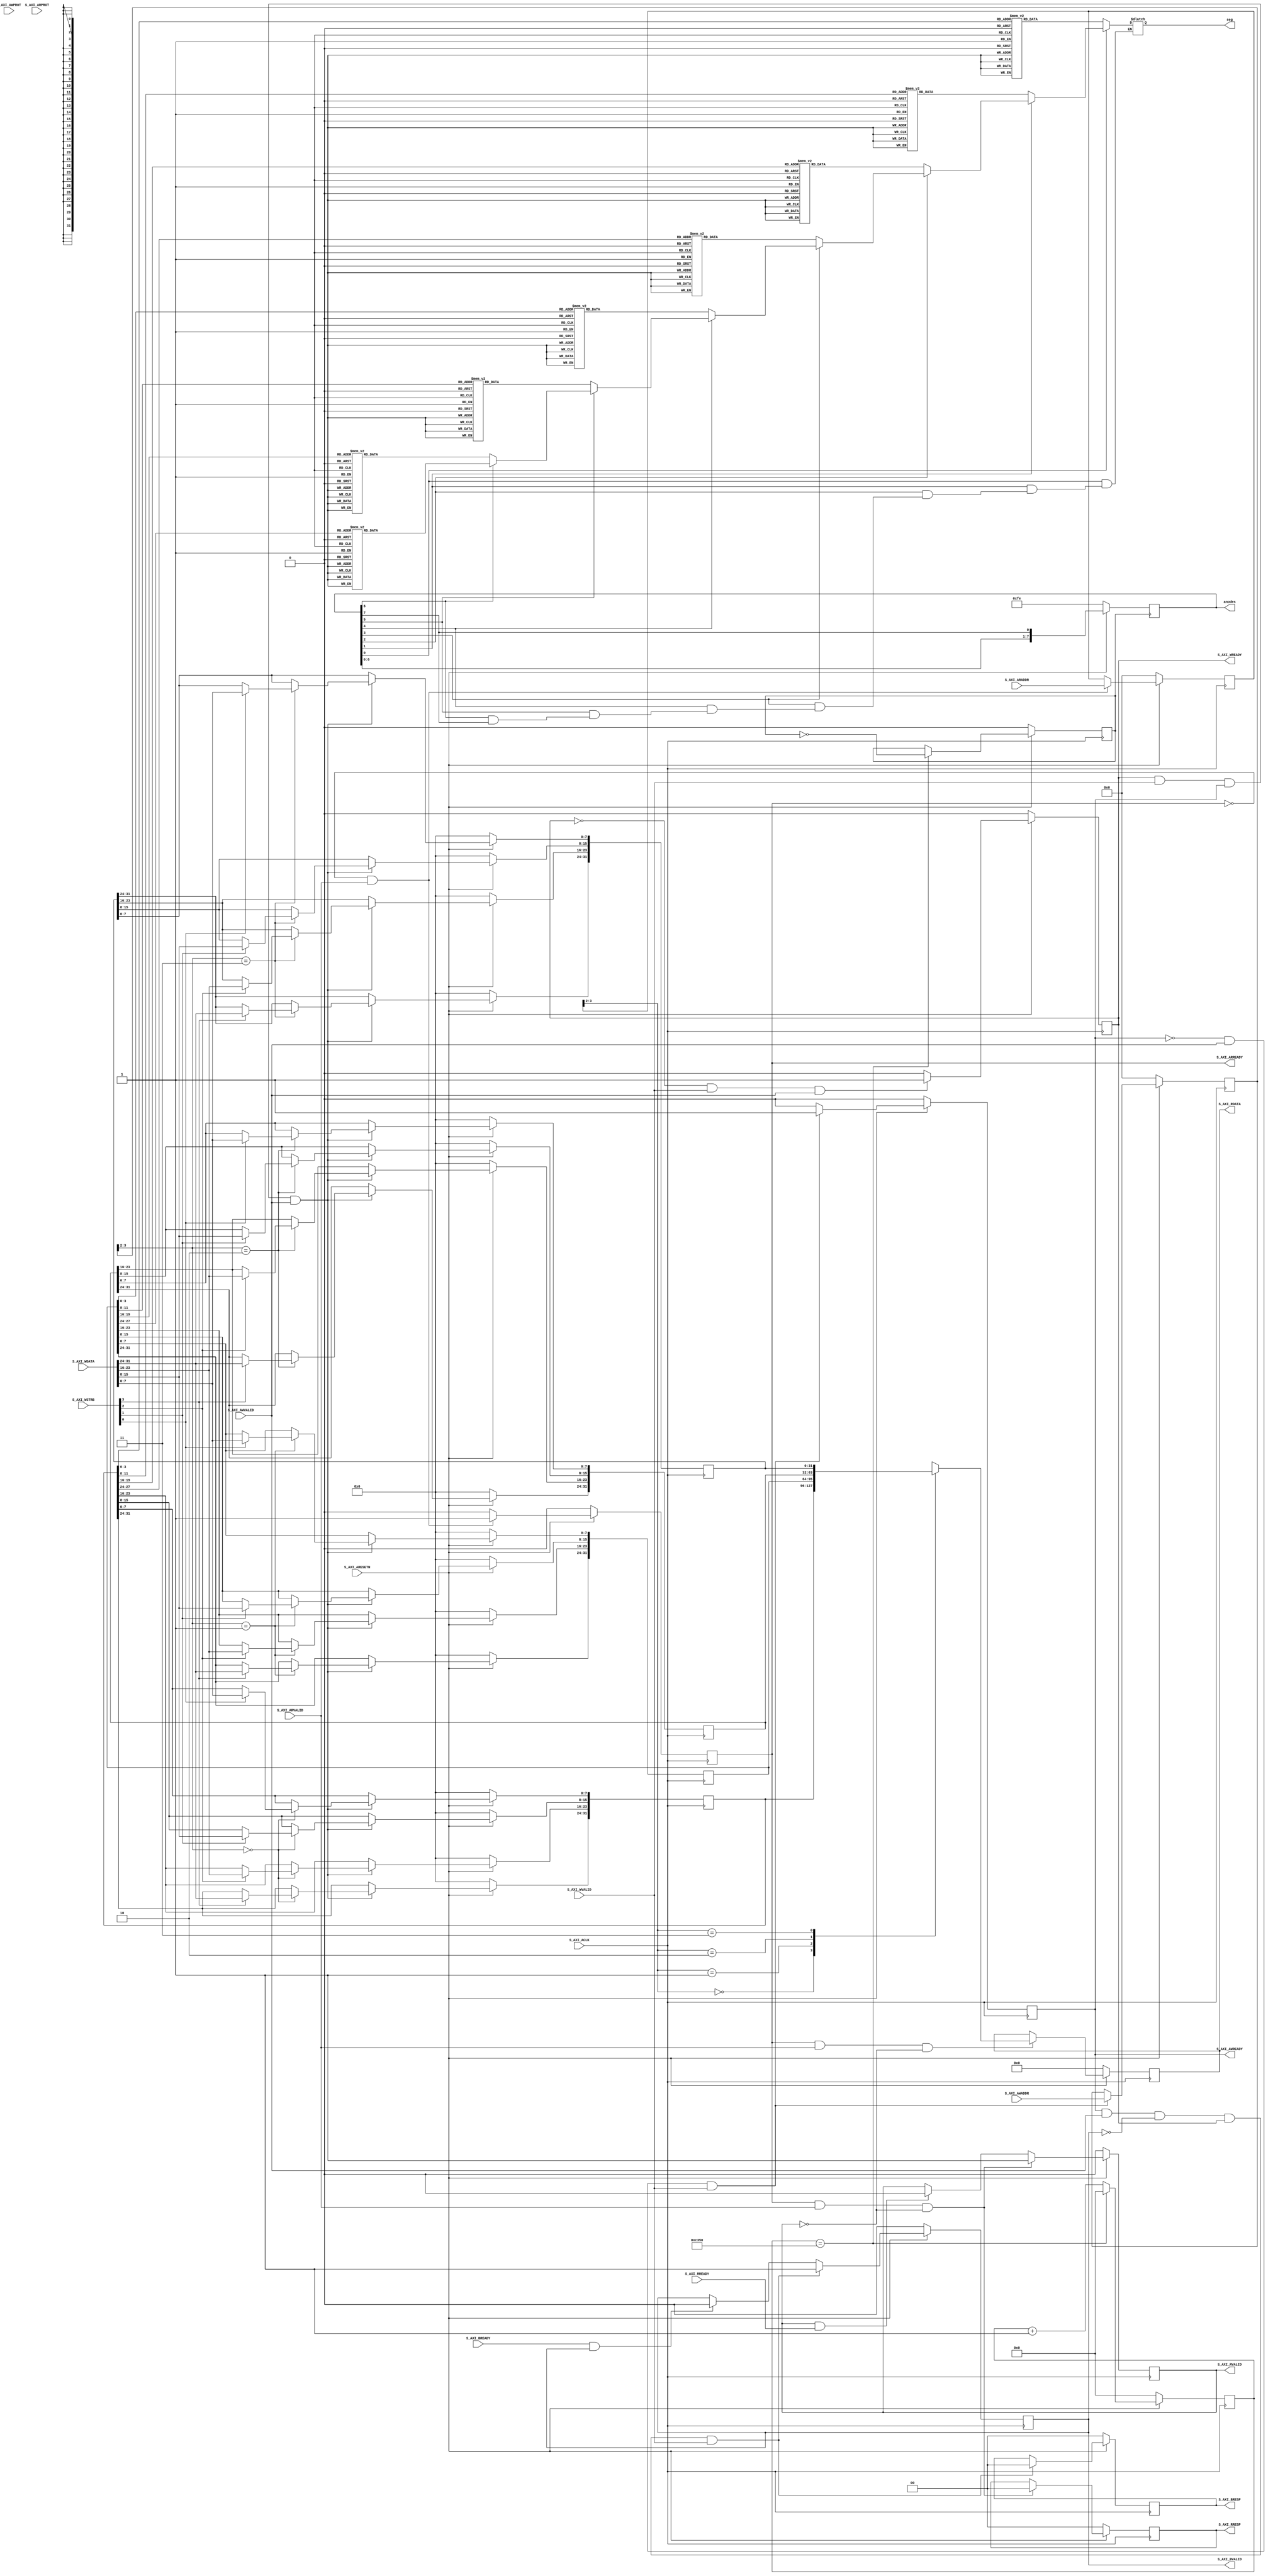

`timescale 1 ns / 1 ps

	module nexy4_ddr_7segment_v1_0_S00_AXI #
	(
		// Users to add parameters here

		// User parameters ends
		// Do not modify the parameters beyond this line

		// Width of S_AXI data bus
		parameter integer C_S_AXI_DATA_WIDTH	= 32,
		// Width of S_AXI address bus
		parameter integer C_S_AXI_ADDR_WIDTH	= 4
	)
	(
		// Users to add ports here
        output wire [7:0] anodes,
        output wire [7:0] seg,
		// User ports ends
		// Do not modify the ports beyond this line

		// Global Clock Signal
		input wire  S_AXI_ACLK,
		// Global Reset Signal. This Signal is Active LOW
		input wire  S_AXI_ARESETN,
		// Write address (issued by master, acceped by Slave)
		input wire [C_S_AXI_ADDR_WIDTH-1 : 0] S_AXI_AWADDR,
		// Write channel Protection type. This signal indicates the
    		// privilege and security level of the transaction, and whether
    		// the transaction is a data access or an instruction access.
		input wire [2 : 0] S_AXI_AWPROT,
		// Write address valid. This signal indicates that the master signaling
    		// valid write address and control information.
		input wire  S_AXI_AWVALID,
		// Write address ready. This signal indicates that the slave is ready
    		// to accept an address and associated control signals.
		output wire  S_AXI_AWREADY,
		// Write data (issued by master, acceped by Slave) 
		input wire [C_S_AXI_DATA_WIDTH-1 : 0] S_AXI_WDATA,
		// Write strobes. This signal indicates which byte lanes hold
    		// valid data. There is one write strobe bit for each eight
    		// bits of the write data bus.    
		input wire [(C_S_AXI_DATA_WIDTH/8)-1 : 0] S_AXI_WSTRB,
		// Write valid. This signal indicates that valid write
    		// data and strobes are available.
		input wire  S_AXI_WVALID,
		// Write ready. This signal indicates that the slave
    		// can accept the write data.
		output wire  S_AXI_WREADY,
		// Write response. This signal indicates the status
    		// of the write transaction.
		output wire [1 : 0] S_AXI_BRESP,
		// Write response valid. This signal indicates that the channel
    		// is signaling a valid write response.
		output wire  S_AXI_BVALID,
		// Response ready. This signal indicates that the master
    		// can accept a write response.
		input wire  S_AXI_BREADY,
		// Read address (issued by master, acceped by Slave)
		input wire [C_S_AXI_ADDR_WIDTH-1 : 0] S_AXI_ARADDR,
		// Protection type. This signal indicates the privilege
    		// and security level of the transaction, and whether the
    		// transaction is a data access or an instruction access.
		input wire [2 : 0] S_AXI_ARPROT,
		// Read address valid. This signal indicates that the channel
    		// is signaling valid read address and control information.
		input wire  S_AXI_ARVALID,
		// Read address ready. This signal indicates that the slave is
    		// ready to accept an address and associated control signals.
		output wire  S_AXI_ARREADY,
		// Read data (issued by slave)
		output wire [C_S_AXI_DATA_WIDTH-1 : 0] S_AXI_RDATA,
		// Read response. This signal indicates the status of the
    		// read transfer.
		output wire [1 : 0] S_AXI_RRESP,
		// Read valid. This signal indicates that the channel is
    		// signaling the required read data.
		output wire  S_AXI_RVALID,
		// Read ready. This signal indicates that the master can
    		// accept the read data and response information.
		input wire  S_AXI_RREADY
	);

	// AXI4LITE signals
	reg [C_S_AXI_ADDR_WIDTH-1 : 0] 	axi_awaddr;
	reg  	axi_awready;
	reg  	axi_wready;
	reg [1 : 0] 	axi_bresp;
	reg  	axi_bvalid;
	reg [C_S_AXI_ADDR_WIDTH-1 : 0] 	axi_araddr;
	reg  	axi_arready;
	reg [C_S_AXI_DATA_WIDTH-1 : 0] 	axi_rdata;
	reg [1 : 0] 	axi_rresp;
	reg  	axi_rvalid;

	// Example-specific design signals
	// local parameter for addressing 32 bit / 64 bit C_S_AXI_DATA_WIDTH
	// ADDR_LSB is used for addressing 32/64 bit registers/memories
	// ADDR_LSB = 2 for 32 bits (n downto 2)
	// ADDR_LSB = 3 for 64 bits (n downto 3)
	localparam integer ADDR_LSB = (C_S_AXI_DATA_WIDTH/32) + 1;
	localparam integer OPT_MEM_ADDR_BITS = 1;
	//----------------------------------------------
	//-- Signals for user logic register space example
	//------------------------------------------------
	//-- Number of Slave Registers 4
	reg [C_S_AXI_DATA_WIDTH-1:0]	slv_reg0;
	reg [C_S_AXI_DATA_WIDTH-1:0]	slv_reg1;
	reg [C_S_AXI_DATA_WIDTH-1:0]	slv_reg2;
	reg [C_S_AXI_DATA_WIDTH-1:0]	slv_reg3;
	wire	 slv_reg_rden;
	wire	 slv_reg_wren;
	reg [C_S_AXI_DATA_WIDTH-1:0]	 reg_data_out;
	integer	 byte_index;

	// I/O Connections assignments

	assign S_AXI_AWREADY	= axi_awready;
	assign S_AXI_WREADY	= axi_wready;
	assign S_AXI_BRESP	= axi_bresp;
	assign S_AXI_BVALID	= axi_bvalid;
	assign S_AXI_ARREADY	= axi_arready;
	assign S_AXI_RDATA	= axi_rdata;
	assign S_AXI_RRESP	= axi_rresp;
	assign S_AXI_RVALID	= axi_rvalid;
	
	// Implement axi_awready generation
	// axi_awready is asserted for one S_AXI_ACLK clock cycle when both
	// S_AXI_AWVALID and S_AXI_WVALID are asserted. axi_awready is
	// de-asserted when reset is low.

	always @( posedge S_AXI_ACLK )
	begin
	  if ( S_AXI_ARESETN == 1'b0 )
	    begin
	      axi_awready <= 1'b0;
	    end 
	  else
	    begin    
	      if (~axi_awready && S_AXI_AWVALID && S_AXI_WVALID) 
	        begin
	          // slave is ready to accept write address when 
	          // there is a valid write address and write data
	          // on the write address and data bus. This design 
	          // expects no outstanding transactions. 
	          axi_awready <= 1'b1;
	        end
	      else           
	        begin
	          axi_awready <= 1'b0;
	        end
	    end 
	end       

	// Implement axi_awaddr latching
	// This process is used to latch the address when both 
	// S_AXI_AWVALID and S_AXI_WVALID are valid. 

	always @( posedge S_AXI_ACLK )
	begin
	  if ( S_AXI_ARESETN == 1'b0 )
	    begin
	      axi_awaddr <= 0;
	    end 
	  else
	    begin    
	      if (~axi_awready && S_AXI_AWVALID && S_AXI_WVALID)
	        begin
	          // Write Address latching 
	          axi_awaddr <= S_AXI_AWADDR;
	        end
	    end 
	end       

	// Implement axi_wready generation
	// axi_wready is asserted for one S_AXI_ACLK clock cycle when both
	// S_AXI_AWVALID and S_AXI_WVALID are asserted. axi_wready is 
	// de-asserted when reset is low. 

	always @( posedge S_AXI_ACLK )
	begin
	  if ( S_AXI_ARESETN == 1'b0 )
	    begin
	      axi_wready <= 1'b0;
	    end 
	  else
	    begin    
	      if (~axi_wready && S_AXI_WVALID && S_AXI_AWVALID)
	        begin
	          // slave is ready to accept write data when 
	          // there is a valid write address and write data
	          // on the write address and data bus. This design 
	          // expects no outstanding transactions. 
	          axi_wready <= 1'b1;
	        end
	      else
	        begin
	          axi_wready <= 1'b0;
	        end
	    end 
	end       

	// Implement memory mapped register select and write logic generation
	// The write data is accepted and written to memory mapped registers when
	// axi_awready, S_AXI_WVALID, axi_wready and S_AXI_WVALID are asserted. Write strobes are used to
	// select byte enables of slave registers while writing.
	// These registers are cleared when reset (active low) is applied.
	// Slave register write enable is asserted when valid address and data are available
	// and the slave is ready to accept the write address and write data.
	assign slv_reg_wren = axi_wready && S_AXI_WVALID && axi_awready && S_AXI_AWVALID;

	always @( posedge S_AXI_ACLK )
	begin
	  if ( S_AXI_ARESETN == 1'b0 )
	    begin
	      slv_reg0 <= 0;
	      slv_reg1 <= 0;
	      slv_reg2 <= 0;
	      slv_reg3 <= 0;
	    end 
	  else begin
	    if (slv_reg_wren)
	      begin
	        case ( axi_awaddr[ADDR_LSB+OPT_MEM_ADDR_BITS:ADDR_LSB] )
	          2'h0:
	            for ( byte_index = 0; byte_index <= (C_S_AXI_DATA_WIDTH/8)-1; byte_index = byte_index+1 )
	              if ( S_AXI_WSTRB[byte_index] == 1 ) begin
	                // Respective byte enables are asserted as per write strobes 
	                // Slave register 0
	                slv_reg0[(byte_index*8) +: 8] <= S_AXI_WDATA[(byte_index*8) +: 8];
	              end  
	          2'h1:
	            for ( byte_index = 0; byte_index <= (C_S_AXI_DATA_WIDTH/8)-1; byte_index = byte_index+1 )
	              if ( S_AXI_WSTRB[byte_index] == 1 ) begin
	                // Respective byte enables are asserted as per write strobes 
	                // Slave register 1
	                slv_reg1[(byte_index*8) +: 8] <= S_AXI_WDATA[(byte_index*8) +: 8];
	              end  
	          2'h2:
	            for ( byte_index = 0; byte_index <= (C_S_AXI_DATA_WIDTH/8)-1; byte_index = byte_index+1 )
	              if ( S_AXI_WSTRB[byte_index] == 1 ) begin
	                // Respective byte enables are asserted as per write strobes 
	                // Slave register 2
	                slv_reg2[(byte_index*8) +: 8] <= S_AXI_WDATA[(byte_index*8) +: 8];
	              end  
	          2'h3:
	            for ( byte_index = 0; byte_index <= (C_S_AXI_DATA_WIDTH/8)-1; byte_index = byte_index+1 )
	              if ( S_AXI_WSTRB[byte_index] == 1 ) begin
	                // Respective byte enables are asserted as per write strobes 
	                // Slave register 3
	                slv_reg3[(byte_index*8) +: 8] <= S_AXI_WDATA[(byte_index*8) +: 8];
	              end  
	          default : begin
	                      slv_reg0 <= slv_reg0;
	                      slv_reg1 <= slv_reg1;
	                      slv_reg2 <= slv_reg2;
	                      slv_reg3 <= slv_reg3;
	                    end
	        endcase
	      end
	  end
	end    

	// Implement write response logic generation
	// The write response and response valid signals are asserted by the slave 
	// when axi_wready, S_AXI_WVALID, axi_wready and S_AXI_WVALID are asserted.  
	// This marks the acceptance of address and indicates the status of 
	// write transaction.

	always @( posedge S_AXI_ACLK )
	begin
	  if ( S_AXI_ARESETN == 1'b0 )
	    begin
	      axi_bvalid  <= 0;
	      axi_bresp   <= 2'b0;
	    end 
	  else
	    begin    
	      if (axi_awready && S_AXI_AWVALID && ~axi_bvalid && axi_wready && S_AXI_WVALID)
	        begin
	          // indicates a valid write response is available
	          axi_bvalid <= 1'b1;
	          axi_bresp  <= 2'b0; // 'OKAY' response 
	        end                   // work error responses in future
	      else
	        begin
	          if (S_AXI_BREADY && axi_bvalid) 
	            //check if bready is asserted while bvalid is high) 
	            //(there is a possibility that bready is always asserted high)   
	            begin
	              axi_bvalid <= 1'b0; 
	            end  
	        end
	    end
	end   

	// Implement axi_arready generation
	// axi_arready is asserted for one S_AXI_ACLK clock cycle when
	// S_AXI_ARVALID is asserted. axi_awready is 
	// de-asserted when reset (active low) is asserted. 
	// The read address is also latched when S_AXI_ARVALID is 
	// asserted. axi_araddr is reset to zero on reset assertion.

	always @( posedge S_AXI_ACLK )
	begin
	  if ( S_AXI_ARESETN == 1'b0 )
	    begin
	      axi_arready <= 1'b0;
	      axi_araddr  <= 32'b0;
	    end 
	  else
	    begin    
	      if (~axi_arready && S_AXI_ARVALID)
	        begin
	          // indicates that the slave has acceped the valid read address
	          axi_arready <= 1'b1;
	          // Read address latching
	          axi_araddr  <= S_AXI_ARADDR;
	        end
	      else
	        begin
	          axi_arready <= 1'b0;
	        end
	    end 
	end       

	// Implement axi_arvalid generation
	// axi_rvalid is asserted for one S_AXI_ACLK clock cycle when both 
	// S_AXI_ARVALID and axi_arready are asserted. The slave registers 
	// data are available on the axi_rdata bus at this instance. The 
	// assertion of axi_rvalid marks the validity of read data on the 
	// bus and axi_rresp indicates the status of read transaction.axi_rvalid 
	// is deasserted on reset (active low). axi_rresp and axi_rdata are 
	// cleared to zero on reset (active low).  
	always @( posedge S_AXI_ACLK )
	begin
	  if ( S_AXI_ARESETN == 1'b0 )
	    begin
	      axi_rvalid <= 0;
	      axi_rresp  <= 0;
	    end 
	  else
	    begin    
	      if (axi_arready && S_AXI_ARVALID && ~axi_rvalid)
	        begin
	          // Valid read data is available at the read data bus
	          axi_rvalid <= 1'b1;
	          axi_rresp  <= 2'b0; // 'OKAY' response
	        end   
	      else if (axi_rvalid && S_AXI_RREADY)
	        begin
	          // Read data is accepted by the master
	          axi_rvalid <= 1'b0;
	        end                
	    end
	end    

	// Implement memory mapped register select and read logic generation
	// Slave register read enable is asserted when valid address is available
	// and the slave is ready to accept the read address.
	assign slv_reg_rden = axi_arready & S_AXI_ARVALID & ~axi_rvalid;
	always @(*)
	begin
	      // Address decoding for reading registers
	      case ( axi_araddr[ADDR_LSB+OPT_MEM_ADDR_BITS:ADDR_LSB] )
	        2'h0   : reg_data_out <= slv_reg0;
	        2'h1   : reg_data_out <= slv_reg1;
	        2'h2   : reg_data_out <= slv_reg2;
	        2'h3   : reg_data_out <= slv_reg3;
	        default : reg_data_out <= 0;
	      endcase
	end

	// Output register or memory read data
	always @( posedge S_AXI_ACLK )
	begin
	  if ( S_AXI_ARESETN == 1'b0 )
	    begin
	      axi_rdata  <= 0;
	    end 
	  else
	    begin    
	      // When there is a valid read address (S_AXI_ARVALID) with 
	      // acceptance of read address by the slave (axi_arready), 
	      // output the read dada 
	      if (slv_reg_rden)
	        begin
	          axi_rdata <= reg_data_out;     // register read data
	        end   
	    end
	end    

	// Add user logic here
	reg seg_clk;
    reg [19:0] anode_period;
    reg [7:0] anode_out;
    always@(posedge S_AXI_ACLK)
    begin
      if(S_AXI_ARESETN == 1'b0) begin
        anode_period <= 0;
        seg_clk <= 0;
      end
      else if(anode_period == 20'hc350) begin
        anode_period <= 0;
        seg_clk <= ~seg_clk;
      end
      else anode_period <= anode_period + 1;
    end
    
    always@(posedge seg_clk)
    begin
      if(S_AXI_ARESETN == 0) anode_out <= 8'hfe;
      else anode_out <= {anode_out[6:0], anode_out[7]};
    end
    assign anodes = anode_out;
    
    reg [7:0]seg_out;
    always@(*)
    begin
        case(0)
            anode_out[0]: seg_out = decode(slv_reg0[7:0] );
            anode_out[1]: seg_out = decode(slv_reg0[15:8] );
            anode_out[2]: seg_out = decode(slv_reg0[23:16]);
            anode_out[3]: seg_out = decode(slv_reg0[31:24]);
            anode_out[4]: seg_out = decode(slv_reg1[7:0]  );
            anode_out[5]: seg_out = decode(slv_reg1[15:8] );
            anode_out[6]: seg_out = decode(slv_reg1[23:16]);
            anode_out[7]: seg_out = decode(slv_reg1[31:24]);
        endcase
    end
    assign seg = seg_out;
	// User logic ends
function [7:0]decode;
input [3:0]num;
begin
    decode = 8'h00;
    case(num)
        0: decode = 8'hc0;
        1: decode = 8'hf9;
        2: decode = 8'ha4;
        3: decode = 8'hb0;
        4: decode = 8'h99;
        5: decode = 8'h92;
        6: decode = 8'h82;
        7: decode = 8'hf8;
        8: decode = 8'h80;
        9: decode = 8'h90;
        'ha: decode = 8'h88;
        'hb: decode = 8'h83;
        'hc: decode = 8'hc3;
        'hd: decode = 8'ha1;
        'he: decode = 8'h84;
        'hf: decode = 8'h8e;
    endcase
end
endfunction
	endmodule